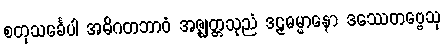
စတုသင်္ခေပါ အဓိဂတဘာဝံ အဇ္ဈတ္တသုညံ ဒဠှဓမ္မာနော ဒဿေတဗ္ဗေသု